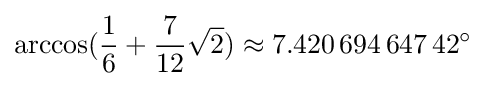
\arccos({\frac {1}{6}}+{\frac {7}{12}}{\sqrt {2}})\approx 7.420\,694\,647\,42^{\circ }